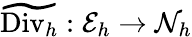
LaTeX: \widetilde{\mathrm{Div}_{h}}:\mathcal{E}_{h}\rightarrow\mathcal{N}_{h}